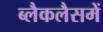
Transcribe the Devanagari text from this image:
ब्लैकलैसमें